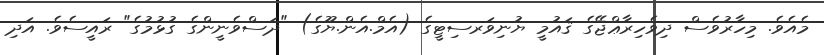
މެއެވެ. މިހާރުވެސް ދިވެހިރާޢްޖޭގެ ޤައުމީ ޔުނިވަރސިޓީގެ (އެމް.އެން.ޔޫގެ) "ދަސްވެނީންގެ ގުޅުމުގެ" ރައީސެވެ. އަދި